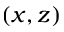
( x , z )